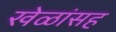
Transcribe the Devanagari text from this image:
खेळांसह